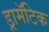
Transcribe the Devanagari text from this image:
ड्रामॅटिक